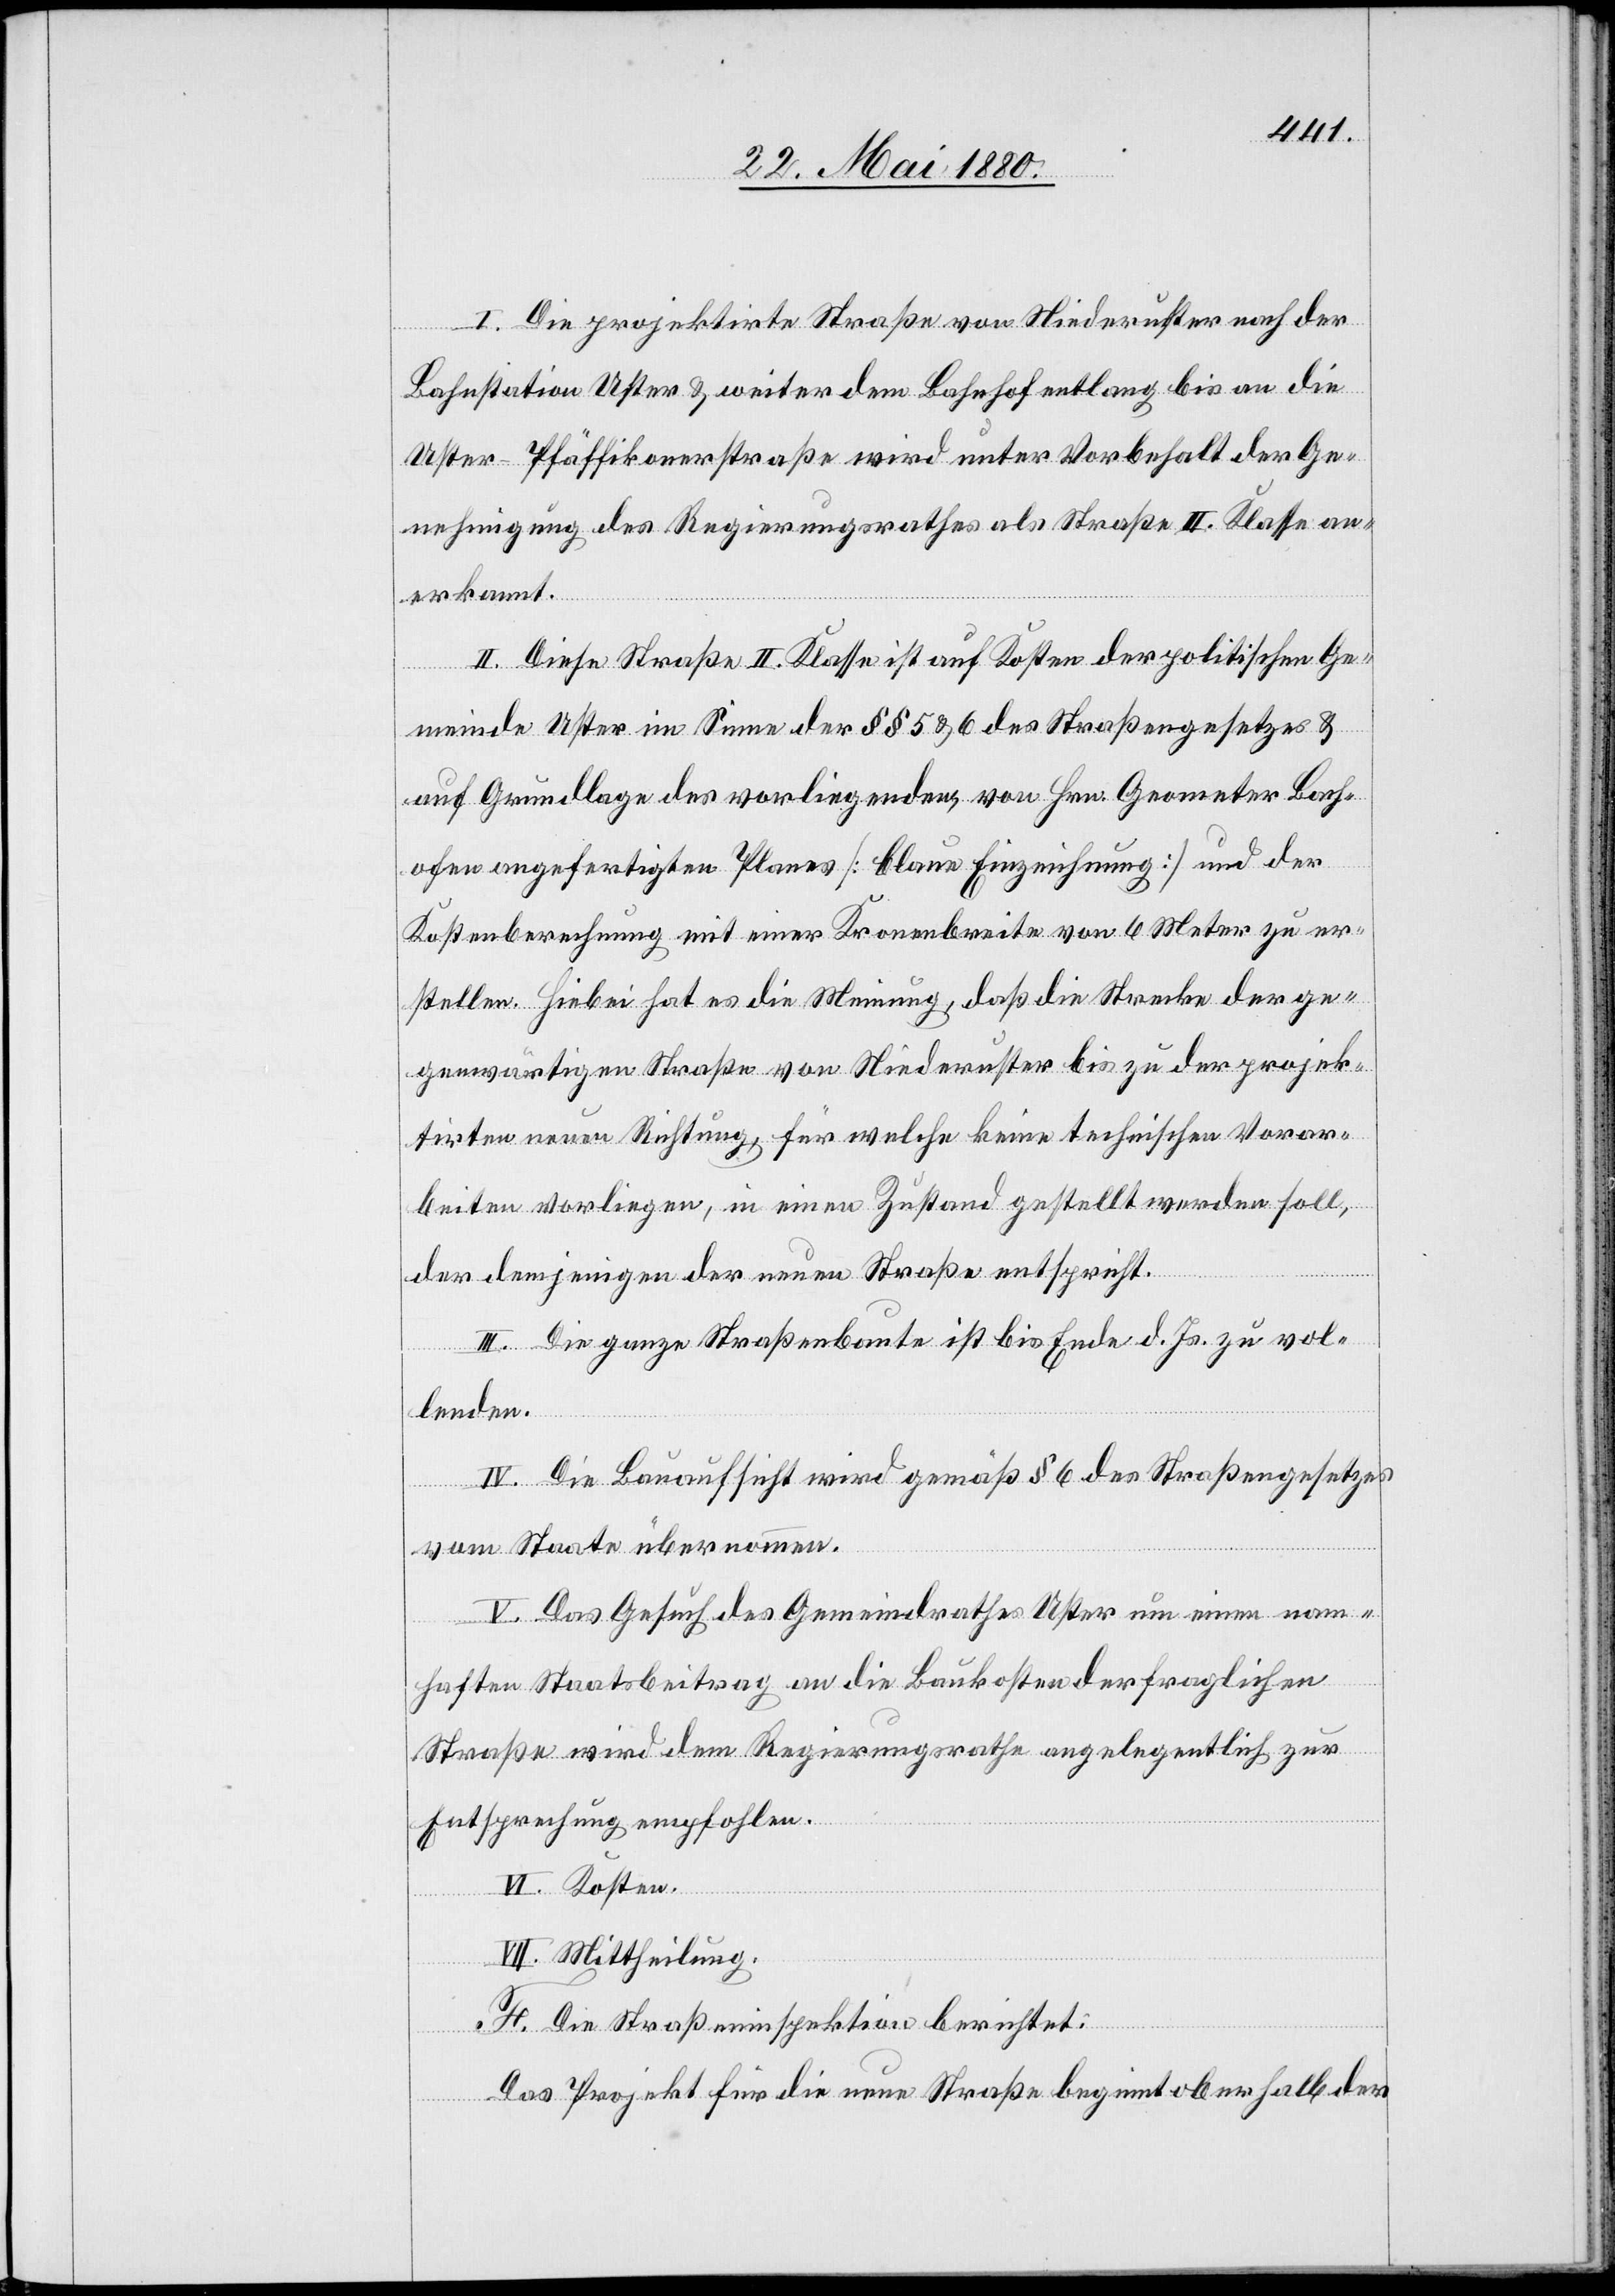
I. Die projektirte Straße von Niederuster nach der
Bahnstation Uster & weiter dem Bahnhof entlang bis an die
Uster–Pfäffikerstraße wird unter Vorbehalt der Ge¬
nehmigung des Regierungsrathes als Straße II. Klasse an¬
erkannt.
II. Diese Straße II. Klasse ist auf Kosten der politischen Ge¬
meinde Uster im Sinne der §§ 5 & 6 des Straßengesetzes &
auf Grundlage des vorliegenden, von Hrn. Geometer Bach¬
ofer angefertigten Planes [blaue Einzeichnung] und der
Kostenberechnung mit einer Kronenbreite von 6 Meter zu er¬
stellen. Hiebei hat es die Meinung, daß die Strecke der ge¬
genwärtigen Straße von Niederuster bis zu der projek¬
tirten neuen Richtung, für welche keine technischen Vorar¬
beiten vorliegen, in einen Zustand gestellt werden soll,
der demjenigen der neuen Straße entspricht.
III. Die ganze Straßenbaute ist bis Ende d. Js. zu vol¬
lenden.
IV. Die Bauaufsicht wird gemäß § 6 des Straßengesetzes
vom Staate übernommen.
V. Das Gesuch des Gemeindrathes Uster um einen nam¬
haften Staatsbeitrag an die Baukosten der fraglichen
Straße wird dem Regierungsrathe angelegentlich zur
Entsprechung empfohlen.
VI. Kosten.
VII. Mittheilung.
F. Die Straßeninspektion berichtet:
Das Projekt für die neue Straße beginnt oberhalb der